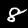
Digit: 8